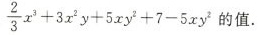
\frac{2}{3}x^{3}+3x^{2}y+5xy^{2}+7-5xy^{2}$$ 的值.